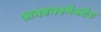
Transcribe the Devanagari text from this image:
अनएक्स्पेक्टेड